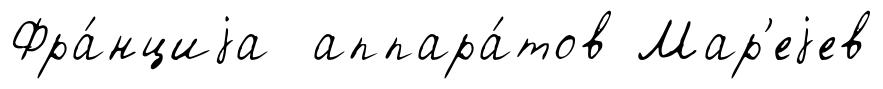
Фра́нциjа аппара́тов Мар'еjев